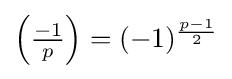
{\textstyle \left({\frac {-1}{p}}\right)=(-1)^{\frac {p-1}{2}}}